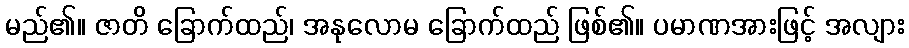
မည်၏။ ဇာတိ ခြောက်ထည်၊ အနုလောမ ခြောက်ထည် ဖြစ်၏။ ပမာဏအားဖြင့် အလျား